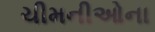
ચીમનીઓના